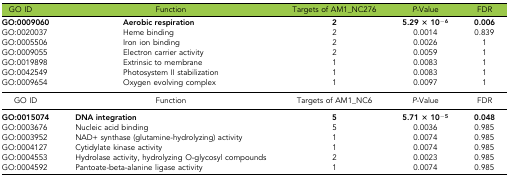
<table><thead><tr><td><b>GO ID</b></td><td><b>Function</b></td><td><b>Targets of AM1_NC276</b></td><td><b><i>P</i>-Value</b></td><td><b>FDR</b></td></tr></thead><tbody><tr><td><b>GO:0009060</b></td><td><b>Aerobic respiration</b></td><td><b>2</b></td><td><b>5.29 × 10<sup>−6</sup></b></td><td><b>0.006</b></td></tr><tr><td>GO:0020037</td><td>Heme binding</td><td>2</td><td>0.0014</td><td>0.839</td></tr><tr><td>GO:0005506</td><td>Iron ion binding</td><td>2</td><td>0.0026</td><td>1</td></tr><tr><td>GO:0009055</td><td>Electron carrier activity</td><td>2</td><td>0.0059</td><td>1</td></tr><tr><td>GO:0019898</td><td>Extrinsic to membrane</td><td>1</td><td>0.0083</td><td>1</td></tr><tr><td>GO:0042549</td><td>Photosystem II stabilization</td><td>1</td><td>0.0083</td><td>1</td></tr><tr><td>GO:0009654</td><td>Oxygen evolving complex</td><td>1</td><td>0.0097</td><td>1</td></tr><tr><td>GO ID</td><td>Function</td><td>Targets of AM1_NC6</td><td><i>P</i>-Value</td><td>FDR</td></tr><tr><td><b>GO:0015074</b></td><td><b>DNA integration</b></td><td><b>5</b></td><td><b>5.71 × 10<sup>−5</sup></b></td><td><b>0.048</b></td></tr><tr><td>GO:0003676</td><td>Nucleic acid binding</td><td>5</td><td>0.0036</td><td>0.985</td></tr><tr><td>GO:0003952</td><td>NAD+ synthase (glutamine-hydrolyzing) activity</td><td>1</td><td>0.0074</td><td>0.985</td></tr><tr><td>GO:0004127</td><td>Cytidylate kinase activity</td><td>1</td><td>0.0074</td><td>0.985</td></tr><tr><td>GO:0004553</td><td>Hydrolase activity, hydrolyzing O-glycosyl compounds</td><td>2</td><td>0.0023</td><td>0.985</td></tr><tr><td>GO:0004592</td><td>Pantoate-beta-alanine ligase activity</td><td>1</td><td>0.0074</td><td>0.985</td></tr></tbody></table>